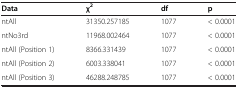
<table><thead><tr><td><b>Data</b></td><td><b>χ<sup>2</sup></b></td><td><b>df</b></td><td><b>p</b></td></tr></thead><tbody><tr><td>ntAll</td><td>31350.257185</td><td>1077</td><td>&lt; 0.0001</td></tr><tr><td>ntNo3rd</td><td>11968.002464</td><td>1077</td><td>&lt; 0.0001</td></tr><tr><td>ntAll (Position 1)</td><td>8366.331439</td><td>1077</td><td>&lt; 0.0001</td></tr><tr><td>ntAll (Position 2)</td><td>6003.338041</td><td>1077</td><td>&lt; 0.0001</td></tr><tr><td>ntAll (Position 3)</td><td>46288.248785</td><td>1077</td><td>&lt; 0.0001</td></tr></tbody></table>